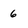
Character: 6